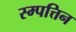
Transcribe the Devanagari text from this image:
स्म्पत्तिन